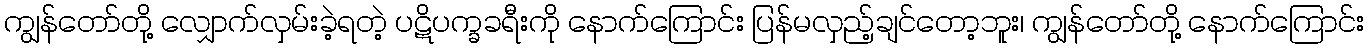
ကျွန်တော်တို့ လျှောက်လှမ်းခဲ့ရတဲ့ ပဋိပက္ခခရီးကို နောက်ကြောင်း ပြန်မလှည့်ချင်တော့ဘူး၊ ကျွန်တော်တို့ နောက်ကြောင်း